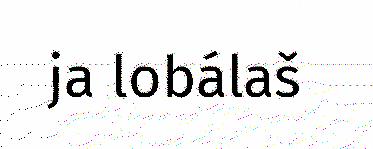
ja lobálaš